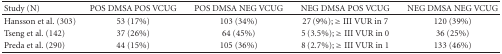
<table><thead><tr><td><b>Study (N)</b></td><td><b>POS DMSA POS VCUG</b></td><td><b>POS DMSA NEG VCUG</b></td><td><b>NEG DMSA POS VCUG</b></td><td><b>NEG DMSA NEG VCUG</b></td></tr></thead><tbody><tr><td>Hansson et al. (303)</td><td>53 (17%)</td><td>103 (34%)</td><td>27 (9%); ≥ III VUR in 7</td><td>120 (39%)</td></tr><tr><td>Tseng et al. (142)</td><td>37 (26%)</td><td>64 (45%)</td><td>5 (3.5%); ≥ III VUR in 0</td><td>36 (25%)</td></tr><tr><td>Preda et al. (290)</td><td>44 (15%)</td><td>105 (36%)</td><td>8 (2.7%); ≥ III VUR in 1</td><td>133 (46%)</td></tr></tbody></table>